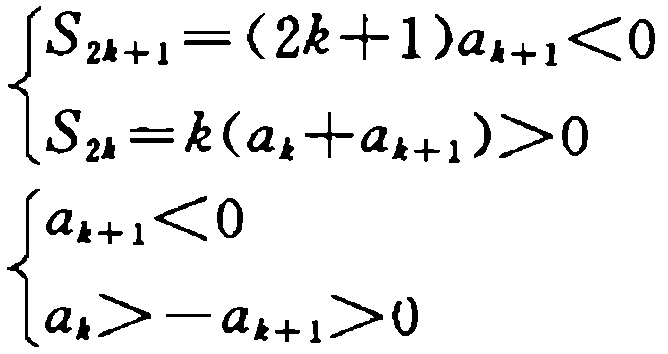
\[

\begin{cases}

S_{2k + 1}=(2k + 1)a_{k + 1}<0\\

S_{2k}=k(a_{k}+a_{k + 1})>0

\end{cases}

\]

\[

\begin{cases}

a_{k + 1}<0\\

a_{k}>-a_{k + 1}>0

\end{cases}

\]